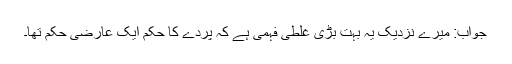
جواب: میرے نزدیک یہ بہت بڑی غلطی فہمی ہے کہ پردے کا حکم ایک عارضی حکم تھا۔